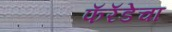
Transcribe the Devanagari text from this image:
फॅरॅडेचा